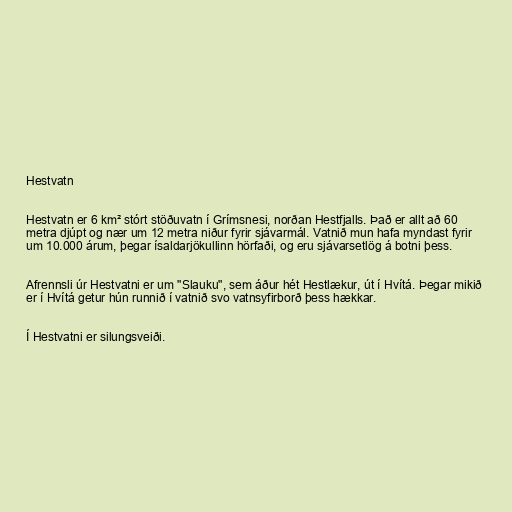
Hestvatn

Hestvatn er 6 km² stórt stöðuvatn í Grímsnesi, norðan Hestfjalls. Það er allt að 60
metra djúpt og nær um 12 metra niður fyrir sjávarmál. Vatnið mun hafa myndast fyrir
um 10.000 árum, þegar ísaldarjökullinn hörfaði, og eru sjávarsetlög á botni þess.

Afrennsli úr Hestvatni er um "Slauku", sem áður hét Hestlækur, út í Hvítá. Þegar mikið
er í Hvítá getur hún runnið í vatnið svo vatnsyfirborð þess hækkar.

Í Hestvatni er silungsveiði.